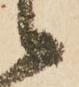
々